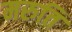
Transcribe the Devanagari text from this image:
मरुति